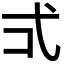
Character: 𭚡